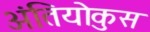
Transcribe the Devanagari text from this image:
अंतियोकुस